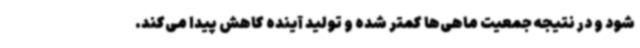
شود و در نتیجه جمعیت ماهی‌ها کمتر شده و تولید آینده کاهش پیدا می‌کند.